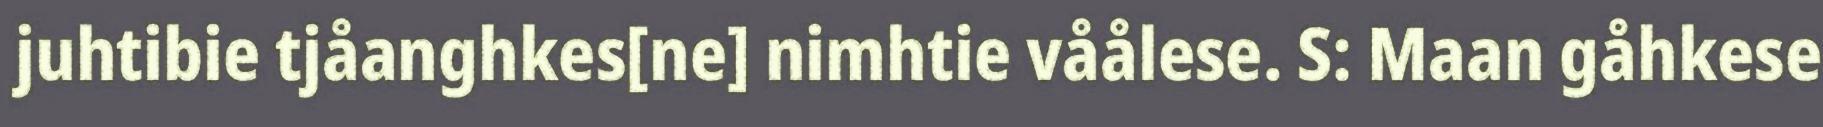
juhtibie tjåanghkes[ne] nimhtie våålese. S: Maan gåhkese